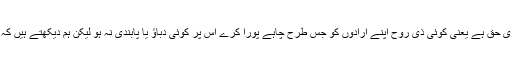
آزادی ہر جاندار کا فطری حق ہے یعنی کوئی ذی روح اپنے ارادوں کو جس طرح چاہے پورا کرے اس پر کوئی دباؤ یا پابندی نہ ہو لیکن ہم دیکھتے ہیں کہ ایسا ناممکنات میں ہے۔